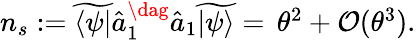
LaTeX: \begin{array}{r}{{n}_{s}:=\widetilde{\langle\psi|}\hat{a}_{1}^{\dag}\hat{a}_{1}\widetilde{|\psi\rangle}=\, \theta^{2}+\mathcal{O}(\theta^{3}).}\end{array}